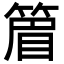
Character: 篃